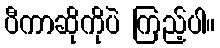
ပီကာဆိုကိုပဲ ကြည့်ပါ။